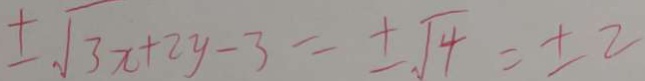
\pm \sqrt { 3 x } + 2 y - 3 = \pm \sqrt { 4 } = \pm 2